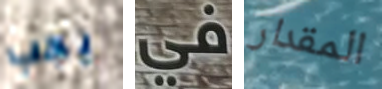
يجب في المقدار